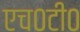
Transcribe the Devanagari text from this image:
एच०टी०